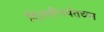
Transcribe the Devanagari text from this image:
दिल्लीपर्यंतच्या